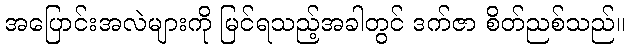
အပြောင်းအလဲများကို မြင်ရသည့်အခါတွင် ဒက်ဇာ စိတ်ညစ်သည်။